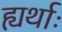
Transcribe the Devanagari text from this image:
ह्यर्थाः